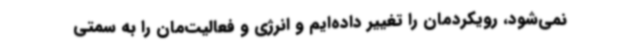
نمی‌شود، رویکردمان را تغییر داده‌ایم و انرژی و فعالیت‌مان را به سمتی